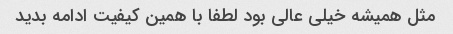
مثل همیشه خیلی عالی بود لطفا با همین کیفیت ادامه بدید